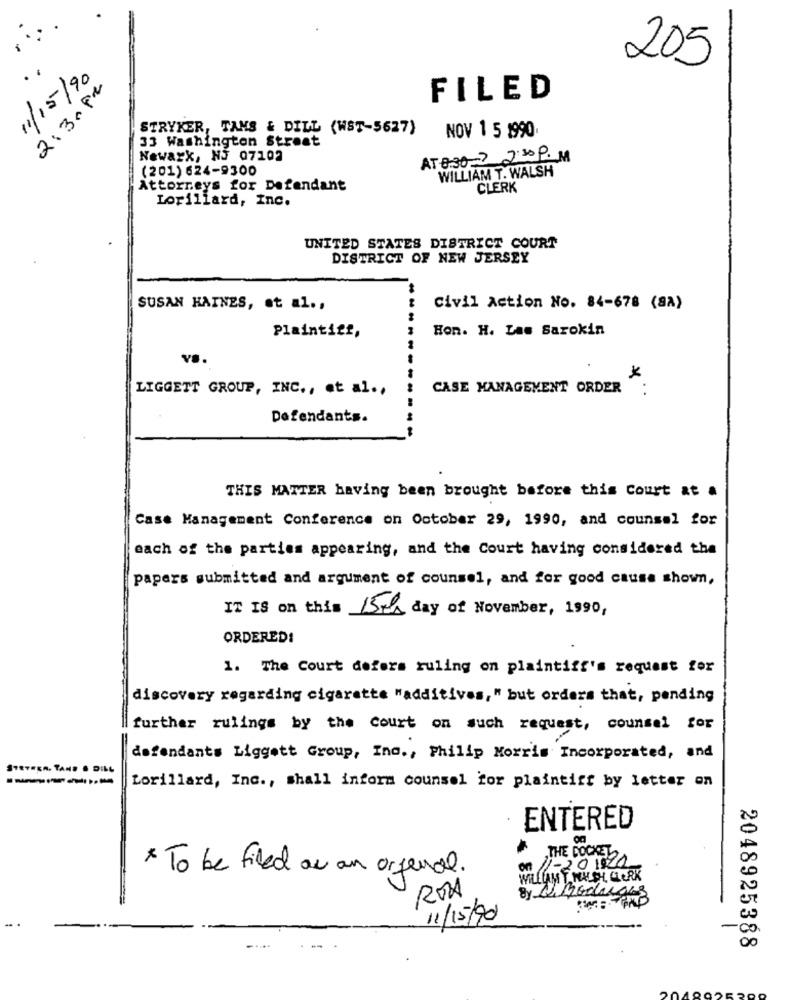
205
11/15/90
2:30pm
FILED
STRYKER, TANS & DILL (WST-5627)
33 Washington Street
NOV 1 5 1990
Newark, No 07102
AT 8:30? 2:30 P. M
(201) 624-9300
WILLIAM T. WALSH
Attorneys for Defendant
CLERK
Lorillard, Inc.
UNITED STATES DISTRICT COURT
DISTRICT OF NEW JERSEY
SUSAN HAINES, et al .,
Civil Action No. 84-678 (SA)
Plaintiff,
Hon. H. Las Sarokin
LIGGETT GROUP, INC ., et al .,
CASE MANAGEMENT ORDER :
Defendants.
THIS MATTER having been brought before this Court at a
Case Management Conference on October 29, 1990, and counsel for
each of the parties appearing, and the Court having considered the
papers submitted and argument of counsel, and for good cause shown,
IT IS on this 15th day of November, 1990,
ORDERED!
1. The Court defers ruling on plaintiff's request for
discovery regarding cigarette "additives," but orders that, pending
further rulings by the court on such request, counsel for
defendants Liggett Group, Inc ., Philip Morris Incorporated, and
n. TAND & DILL
Lorillard, Inc ., shall inform counsel for plaintiff by letter on
ENTERED
THE DOCKEL
A 11-201922
* To be filed ou an orfenal.
WILLIAM T. WALSH, CLERK
ROA
By NShonduras
11/15/20
2048925388